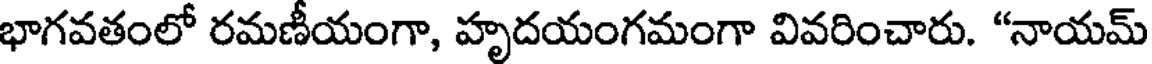
భాగవతంలో రమణీయంగా, హృదయంగమంగా వివరించారు. "నాయమ్